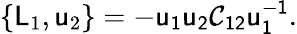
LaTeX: \{ \mathsf{L}_{1},\mathsf{u}_{2}\} =-\mathsf{u_{1}u_{2}\mathcal{C}_{12}u_{1}^{-1}}.